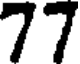
77